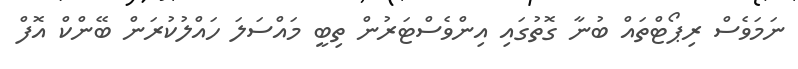
ނަމަވެސް ރިޕޯޓްތައް ބުނާ ގޮތުގައި އިންވެސްޓަރުން ތިބީ މައްސަލަ ހައްލުކުރަން ބޭންކް އޮފް